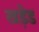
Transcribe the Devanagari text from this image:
खड़ेड